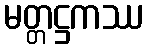
မတ္တဋ္ဌကဿ